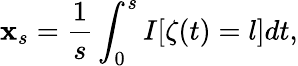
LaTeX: \mathbf{x}_{s}=\frac{{1}}{{s}}\int_{0}^{s}I[\zeta(t)=l]dt,